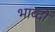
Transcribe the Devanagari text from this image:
भाब्दों